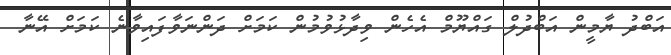
އަބްދު ޔާމީން އަބްދުލް ގައްޔޫމް އެހެން ވިދާޅުވުމުން ކަމަށް ދަންނަވާފައިވާނެ ކަމަށް އޭނާ